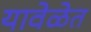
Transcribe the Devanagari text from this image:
यावेळेत